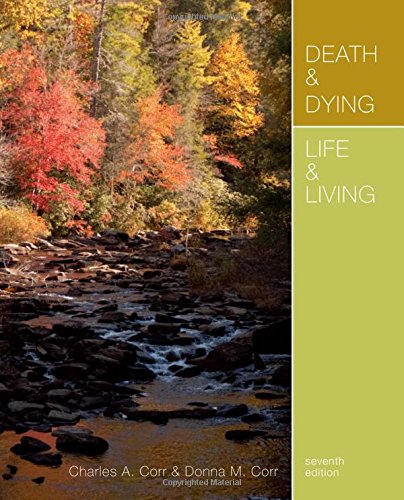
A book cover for Death & Dying, Life & Living; Charles A. Corr; Self-Help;